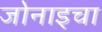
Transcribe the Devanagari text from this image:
जोनाइचा